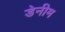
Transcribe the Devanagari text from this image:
डेनीम